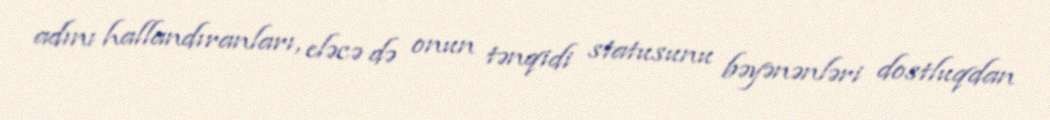
adını hallandıranları, eləcə də onun tənqidi statusunu bəyənənləri dostluqdan